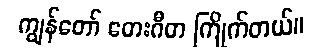
ကျွန်တော် တေးဂီတ ကြိုက်တယ်။